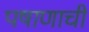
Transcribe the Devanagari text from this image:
पषाणाची